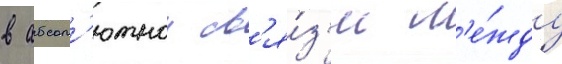
в абсол'ютнои св'я́з'и м'е́жду